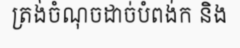
ត្រង់ចំណុចដាច់បំពង់ក និង